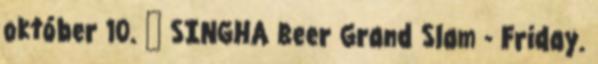
október 10. ↑ SINGHA Beer Grand Slam - Friday.